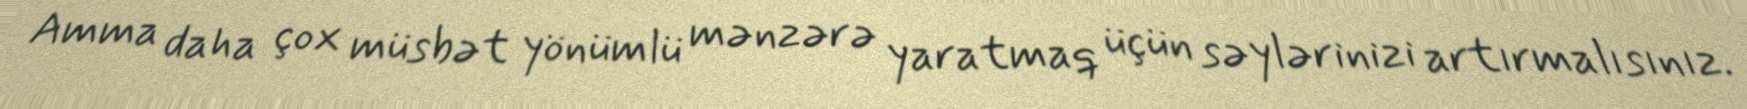
Amma daha çox müsbət yönümlü mənzərə yaratmaq üçün səylərinizi artırmalısınız.